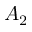
A _ { 2 }